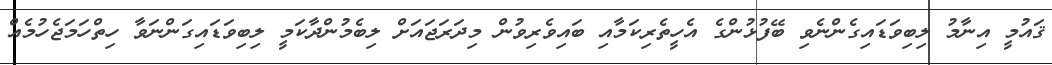
ޤައުމީ އިނާމު ލިބިވަޑައިގެންނެވި ބޭފުޅުންގެ އެހީތެރިކަމާއި ބައިވެރިވުން މިދަރަޖައަށް ލިބެމުންދާކަމީ ލިބިވަޑައިގަންނަވާ ހިތްހަމަޖެހުމެއް